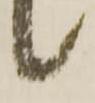
候